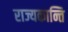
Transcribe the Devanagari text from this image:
राज्यकान्ति